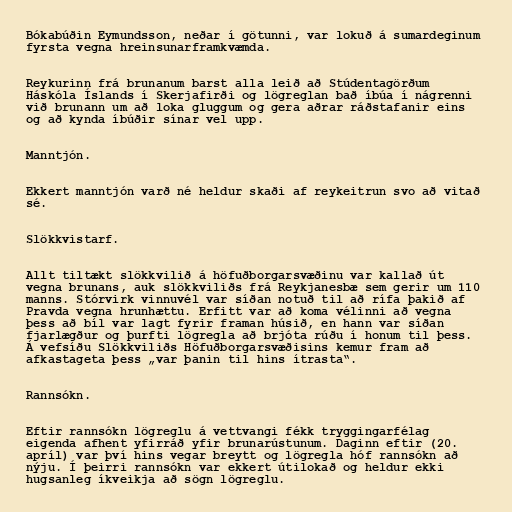
Bókabúðin Eymundsson, neðar í götunni, var lokuð á sumardeginum
fyrsta vegna hreinsunarframkvæmda.

Reykurinn frá brunanum barst alla leið að Stúdentagörðum
Háskóla Íslands í Skerjafirði og lögreglan bað íbúa í nágrenni
við brunann um að loka gluggum og gera aðrar ráðstafanir eins
og að kynda íbúðir sínar vel upp.

Manntjón.

Ekkert manntjón varð né heldur skaði af reykeitrun svo að vitað
sé.

Slökkvistarf.

Allt tiltækt slökkvilið á höfuðborgarsvæðinu var kallað út
vegna brunans, auk slökkviliðs frá Reykjanesbæ sem gerir um 110
manns. Stórvirk vinnuvél var síðan notuð til að rífa þakið af
Pravda vegna hrunhættu. Erfitt var að koma vélinni að vegna
þess að bíl var lagt fyrir framan húsið, en hann var síðan
fjarlægður og þurfti lögregla að brjóta rúðu í honum til þess.
Á vefsíðu Slökkviliðs Höfuðborgarsvæðisins kemur fram að
afkastageta þess „var þanin til hins ítrasta“.

Rannsókn.

Eftir rannsókn lögreglu á vettvangi fékk tryggingarfélag
eigenda afhent yfirráð yfir brunarústunum. Daginn eftir (20.
apríl) var því hins vegar breytt og lögregla hóf rannsókn að
nýju. Í þeirri rannsókn var ekkert útilokað og heldur ekki
hugsanleg íkveikja að sögn lögreglu.